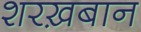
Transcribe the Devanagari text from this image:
शरख़बान